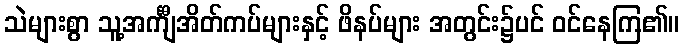
သဲများစွာ သူ့အင်္ကျီအိတ်ကပ်များနှင့် ဖိနပ်များ အတွင်း၌ပင် ဝင်နေကြ၏။